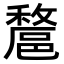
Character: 𨝟